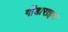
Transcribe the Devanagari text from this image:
गोंडाराइन